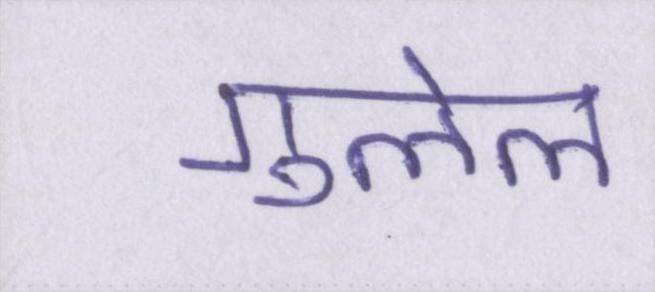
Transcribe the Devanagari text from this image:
गुलेल